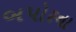
બપોરના